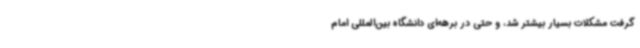
گرفت مشکلات بسیار بیشتر شد، و حتی در برهه‌ای دانشگاه بین‌المللی امام